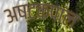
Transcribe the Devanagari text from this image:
अष्टकपाल